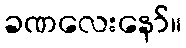
ခဏလေးနော်။